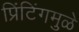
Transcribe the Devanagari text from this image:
प्रिंटिंगमुळे